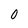
Character: 0